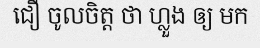
ជឿ ចូលចិត្ត ថា ហ្លួង ឲ្យ មក